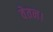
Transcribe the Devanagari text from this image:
वेतन।